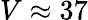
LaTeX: V\approx 37